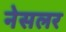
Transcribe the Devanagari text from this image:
नेसलर